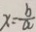
x = \frac { b } { a }